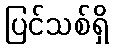
ပြင်သစ်ရှိ